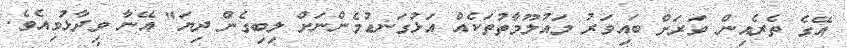
އޭގެ ތެރެއިން ވަރަށް ބައިވަރު މައުލޫމާތުތަކެއް އަޅުގަނޑުމެންނަށް ލިބިގެން ދިޔަ" އޭނާ ވިދާޅުވިއެވެ.